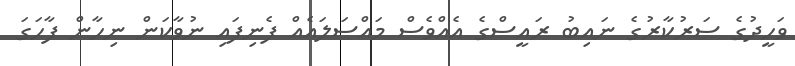
ވަހީދުގެ ސަރުކާރުގެ ނައިބު ރައީސްގެ އެއްވެސް މައްސަލައެއް ފެނިފައި ނުވާކަން ނިހާން ފާހަގަ